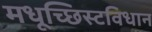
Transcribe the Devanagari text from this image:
मधूच्छिस्टविधान